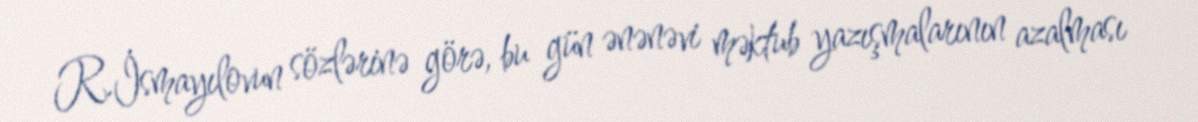
R.İsmayılovun sözlərinə görə, bu gün ənənəvi məktub yazışmalarının azalması